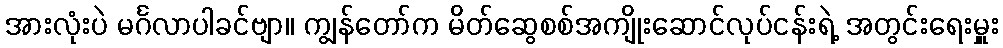
အားလုံးပဲ မင်္ဂလာပါခင်ဗျာ။ ကျွန်တော်က မိတ်ဆွေစစ်အကျိုးဆောင်လုပ်ငန်းရဲ့ အတွင်းရေးမှူး